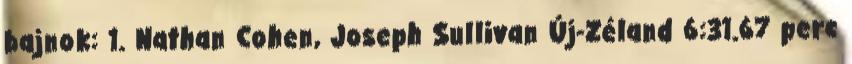
bajnok: 1. Nathan Cohen, Joseph Sullivan Új-Zéland 6:31.67 perc